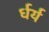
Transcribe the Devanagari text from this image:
र्धर्य